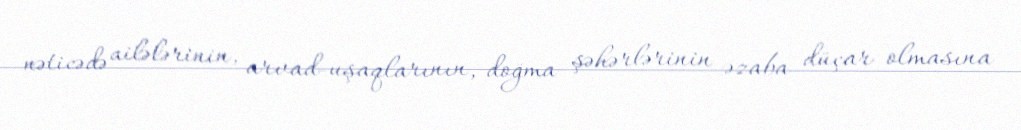
nəticədə ailələrinin, arvad-uşaqlarının, doğma şəhərlərinin əzaba düçar olmasına